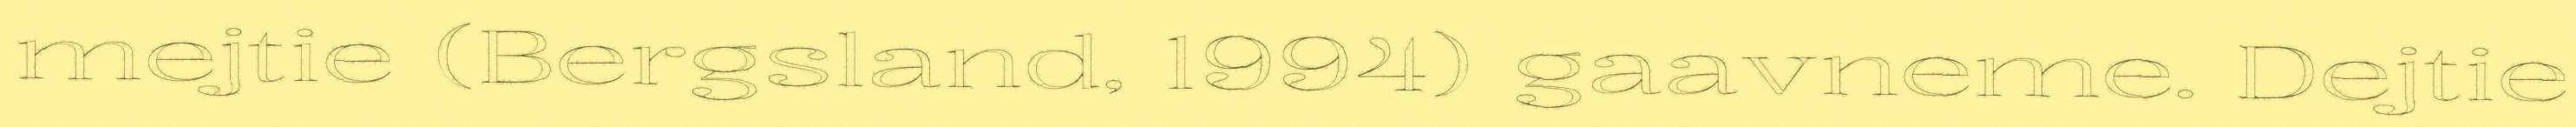
mejtie (Bergsland, 1994) gaavneme. Dejtie